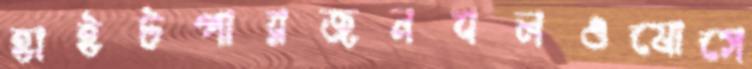
হাইটপারজনবলওযোগে